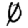
Digit: 0